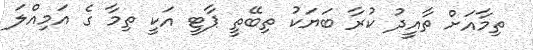
ތިމާއަަށް ތާއީދު ކުރާ ބަޔަކު ތިބޭތީ ޕާޓީ އަކީ ތިމާ ގެ އަމިއްލަ